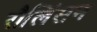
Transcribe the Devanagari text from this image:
रौलिंसन